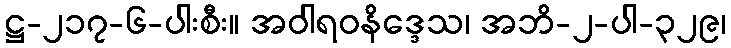
ဋ္ဌ-၂၁၇-၆-ပါးစီး။ အဝါရဝနိဒ္ဒေသ၊ အဘိ-၂-ပါ-၃၂၉၊